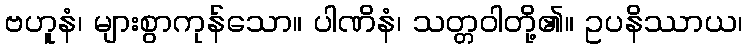
ဗဟူနံ၊ များစွာကုန်သော။ ပါဏိနံ၊ သတ္တဝါတို့၏။ ဥပနိဿာယ၊